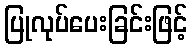
ပြုလုပ်ပေးခြင်းဖြင့်